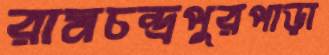
রামচন্দ্রপুরপাড়া